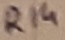
Text: R14